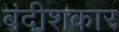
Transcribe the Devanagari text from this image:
बंदीशकार